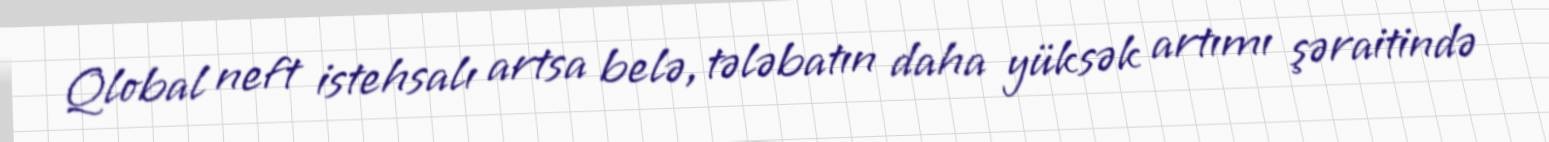
Qlobal neft istehsalı artsa belə, tələbatın daha yüksək artımı şəraitində